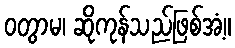
ဝတွာမ၊ ဆိုကုန်သည်ဖြစ်အံ့။